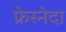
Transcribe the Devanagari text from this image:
फ्रेस्नेदा